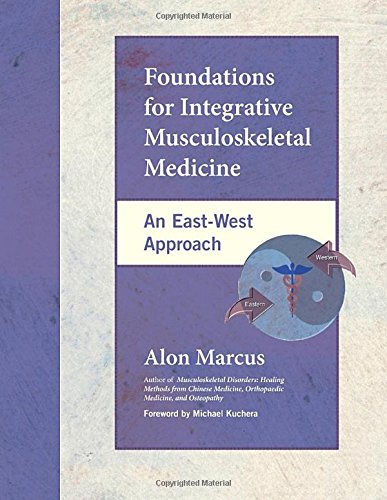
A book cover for Foundations for Integrative Musculoskeletal Medicine: An East-West Approach; Alon Marcus; Health, Fitness & Dieting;